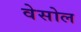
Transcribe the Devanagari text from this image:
वेसोल